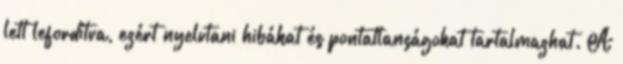
lett lefordítva, ezért nyelvtani hibákat és pontatlanságokat tartalmazhat. A